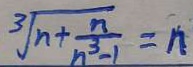
\sqrt [ 3 ] { n + \frac { n } { n ^ { 3 } - 1 } } = n